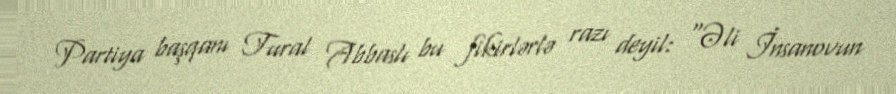
Partiya başqanı Tural Abbaslı bu fikirlərlə razı deyil: “Əli İnsanovun